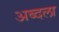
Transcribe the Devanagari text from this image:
अब्दला